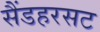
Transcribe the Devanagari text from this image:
सैंडहरसट